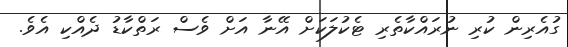
ގުއެރިން ކުރި ނުރައްކާތެރި ޓެކުލަކަށް އޭނާ އަށް ވެސް ރަތްކާޑު ދެއްކި އެވެ.